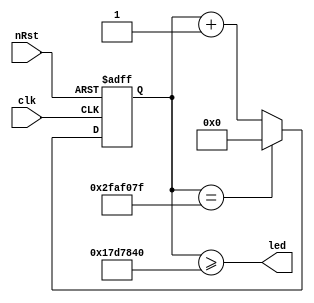
module led(
	input				clk	, // CLOCK_50 	: AF14
	input				nRst	, // KEY_0 	: AA14
	output				led	  //LED9 	: Y21
);

	reg			[25:0]			cnt;
	wire			cnt_clear = (cnt == 50000000 - 1);
	
	always @(posedge clk, negedge nRst) begin
		if (!nRst)
			cnt <= 0;
		else if (cnt_clear)
			cnt <= 0;
		else
			cnt <= cnt + 1;
	end
	
	//assign led = cnt[25];
	assign led = cnt >= 25000000;
	
endmodule